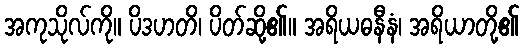
အကုသိုလ်ကို။ ပိဒဟတိ၊ ပိတ်ဆို့၏။ အရိယဓနီနံ၊ အရိယာတို့၏